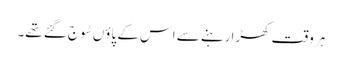
ہر وقت کھڑا رہنے سے اس کے پاؤں سُوج گئے تھے۔